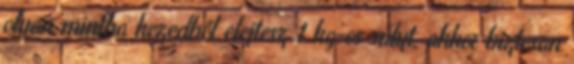
olyan mintha kezedből elejtesz 1 kg-os súlyt, akkor biztosan